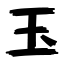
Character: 玉